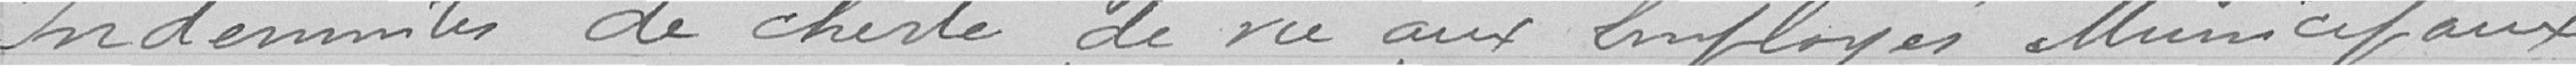
Indemnités de cherté de vie aux employés municipaux